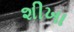
શીખા